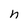
Character: h